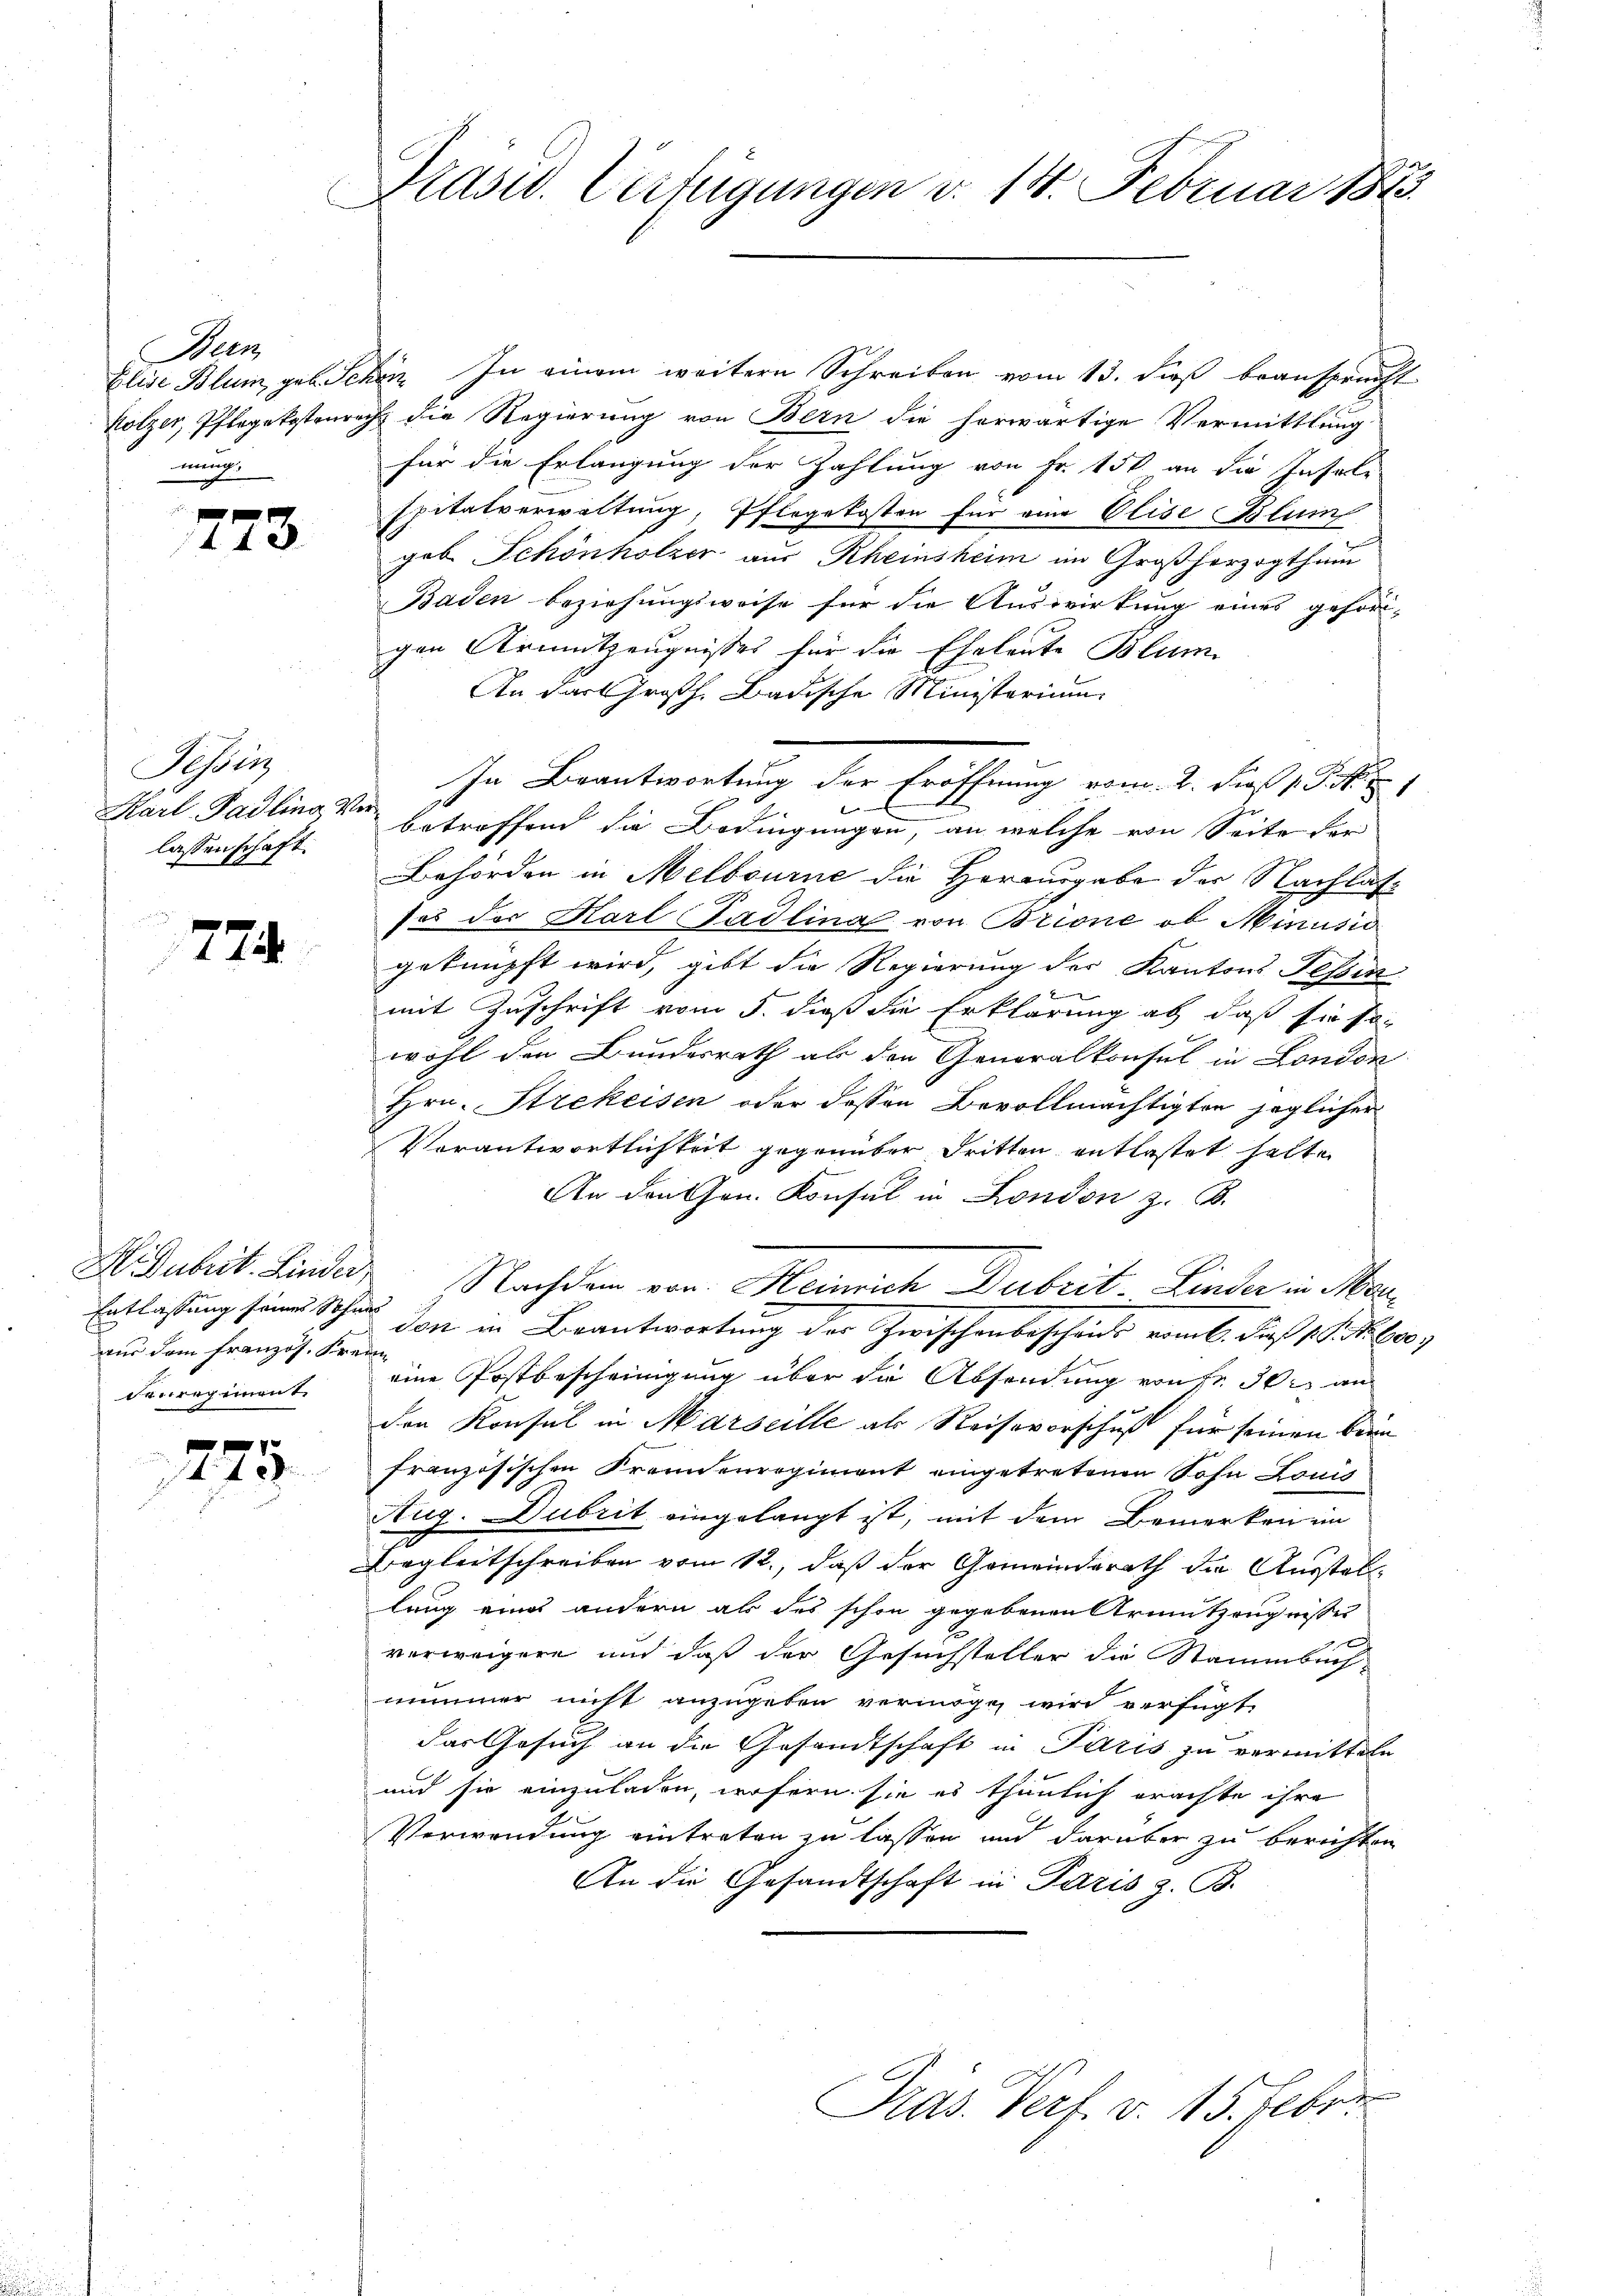
Bern
menge

773

Tessin
Karl Padling Vo
lassenschaft.

774

aus dem französ. Freien
denregiment

775.

Präsid. Verfügungen d. 14. Februar 1823.

Elise Blum, geb. Schön. In einem weitern Schreiben vom 13. dieß beansprucht
Holzer, Pflegekostenrech die Regierung von Bern die herwärtige Vermittlung
für die Erlangung der Zahlung von Fr. 150 an die Insale-
spitalverwaltung, Pflegekosten für eine Elise Blum
geb. Schönholzer aus Rheinsheim im Großherzogthum
Baden beziehungsweise für die Auswirkung eines gehöri-
gen Armutzeugnisses für die Eheleute Blum
An das Großh. Badische Ministerium
In Beantwortung der Eröffnung vom 2. Fias P. Nr. 17
.
 betreffend die Bedingungen, an welche von Seite der
Behörden in Melbourne die Herausgabe der Nachlasdos der Karl Padlina von Brione, ob Minusio
geknüpft wird, gibt die Regierung der Kantons Tessin

mit Zuschrift vom 5. dieß die Erklärung ab, daß sie so-
wohl den Bundesrath als den Generalkonsul in London
Hrn. Strekeisen oder dessen Bevollmächtigten jeglicher
Verantwortlichkeit gegenüber dritten entlastet halte
An den Hrn. Konsul in London z. B.
Subut. Linder Nachdem von Heinrich Dubrit. Linder in Mar¬
Entlassung seine Schuld son in Beantwortung der Zwischenbeschens vom l. daß 1. J. M. beo
eine Postbescheinigung über die Absendung von Fr. 30. an
den Konsul in Marseille als Reiseverschuß für seinen Brun
französischen Frennenregiment eingetretenen Sohn Louis
Aug. Dubrit eingelangt ist, mit dem Bemerken im
Begleitschreiben vom St., daß der Gemeinderath die Ausstellung eines andern als des schon gegebenen Armutzeugnisses
x
verweigere und daß der Gesuchsteller die Stammbuch
nimmer nicht anzugeben vermöge wird verfügt
das Gesuch an die Gesandtschaft in Paris zu vermitteln
und sie einzuladen, wofern sie es thunlich erachte ihre
Verwendung eintreten zu lassen und darüber zu berichten
An die Gesandtschaft in Paris z. B.
Präs. Verf. v. 15. Feber